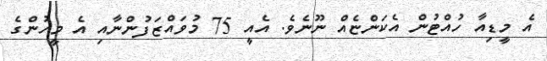
އެ މީޑިއާ ހުއްޓުން އެކަންޏެއް ނޫނެވެ. އެއީ 75 މުވައްޒަފުންނާއި އެ މީހުންގެ